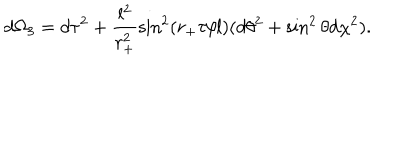
LaTeX: d \Omega _ { 3 } = d \tau ^ { 2 } + \frac { l ^ { 2 } } { r _ { + } ^ { 2 } } \sin ^ { 2 } ( r _ { + } \tau / l ) ( d \theta ^ { 2 } + \sin ^ { 2 } \theta d \chi ^ { 2 } ) .